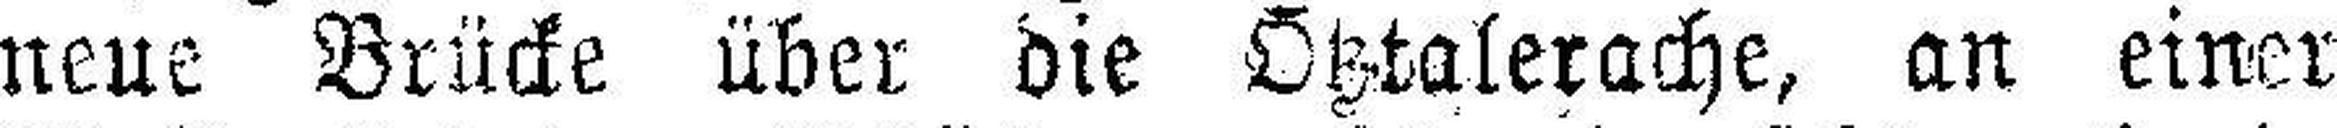
neue Brücke über die Ötztalerache, an einer